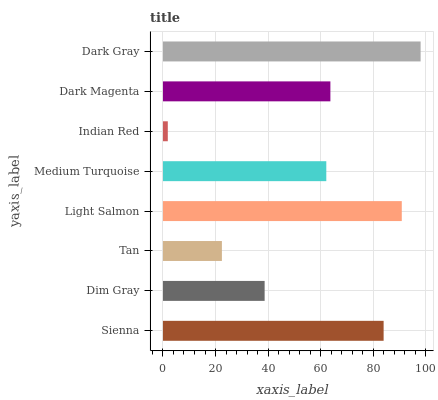
| yaxis_label | bars |
 | --- | --- |
 | Sienna | 83.9 |
 | Dim Gray | 38.7 |
 | Tan | 22.4 |
 | Light Salmon | 90.8 |
 | Medium Turquoise | 62.1 |
 | Indian Red | 1.84 |
 | Dark Magenta | 63.7 |
 | Dark Gray | 98 |